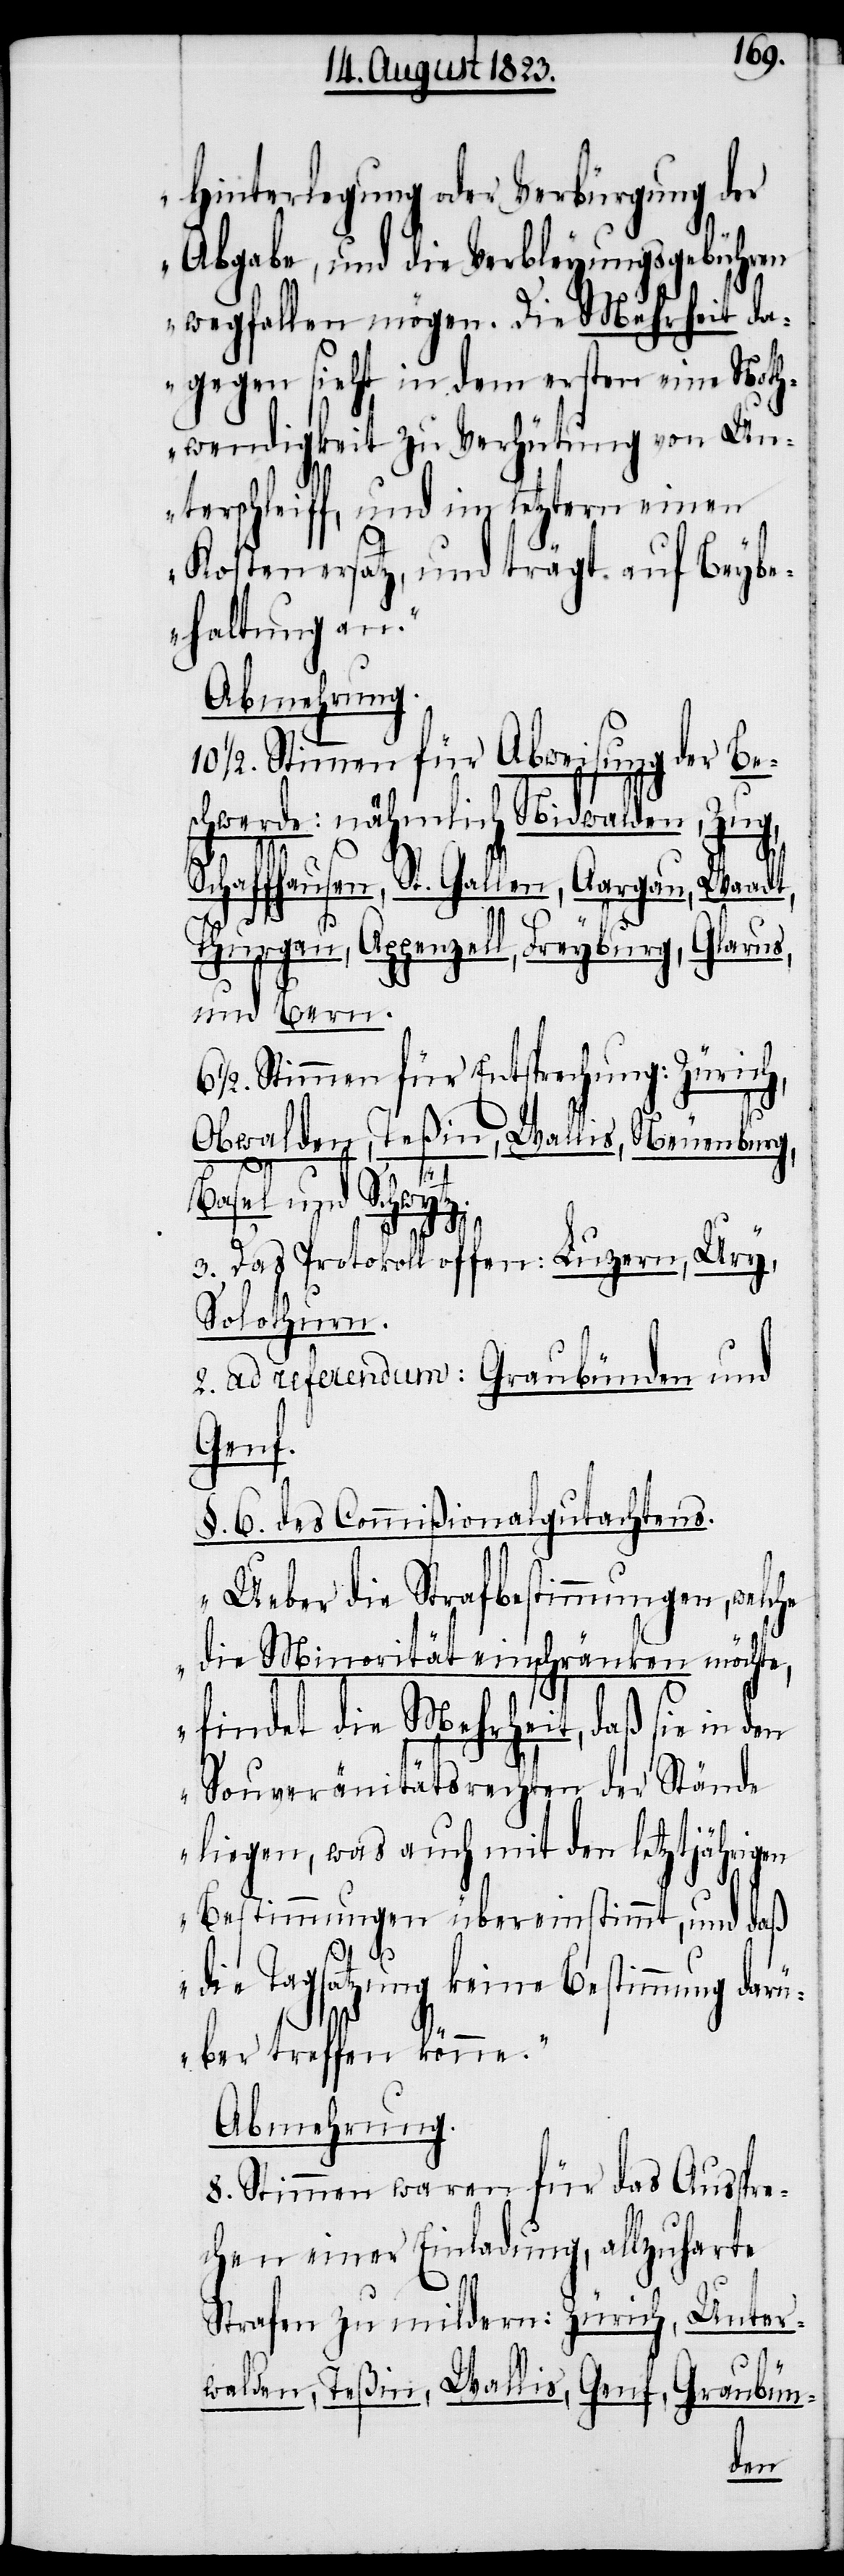
Hinterlegung oder Verbürgung der
Abgabe, und die Verbleyungsgebühren
wegfallen mögen. Die Mehrheit da¬
gegen sieht in dem ersten eine Noth¬
wendigkeit zu Verhütung von Un¬
terschleiff, und in letztern einen
Kostenersatz, und trägt auf Beybe¬
haltung an.“
Abmehrung.
10 ½. Stimmen für Abweisung der Be¬
schwerde: nähmlich Nidwalden, Zug,
Schaffhausen, St. Gallen, Aargau, Waadt,
Thurgau, Appenzell, Freyburg, Glarus
und Bern.
6 ½. Stimmen für Entsprechung: Zürich,
Obwalden, Teßin, Wallis, Neuenburg,
tz.
Basel und Schwy¬
3. Das Protokoll offen: Luzern, Ury,
Solothurn.
2. ad referendum: Graubünden und
Genf.
§. 6. des Commißionalgutachtens.
„Ueber die Strafbestimmungen, welche
die Minorität einschränken möchte,
findet die Mehrheit, daß sie in
Souveränitätsrechten der Stände
liegen, was auch mit den letztjährigen
Bestimmungen übereinstimmt, und daß
die Tagsatzung keine Bestimmung darü¬
ber treffen könne.“
Abmehrung.
8. Stimmen waren für das Ausspre¬
chen einer Einladung, allzuharte
Unter¬
Strafen zu mildern: Zürich,
walden, Teßin, Wallis, Genf, Graubün-
den